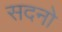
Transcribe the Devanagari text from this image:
सदनो